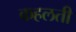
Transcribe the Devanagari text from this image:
कहलती